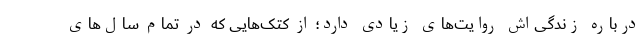
درباره زندگی‌اش روایت‌های زیادی دارد؛ از کتک‌هایی که در تمام سال‌های